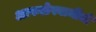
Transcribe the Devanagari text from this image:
आफळेस्वामींची